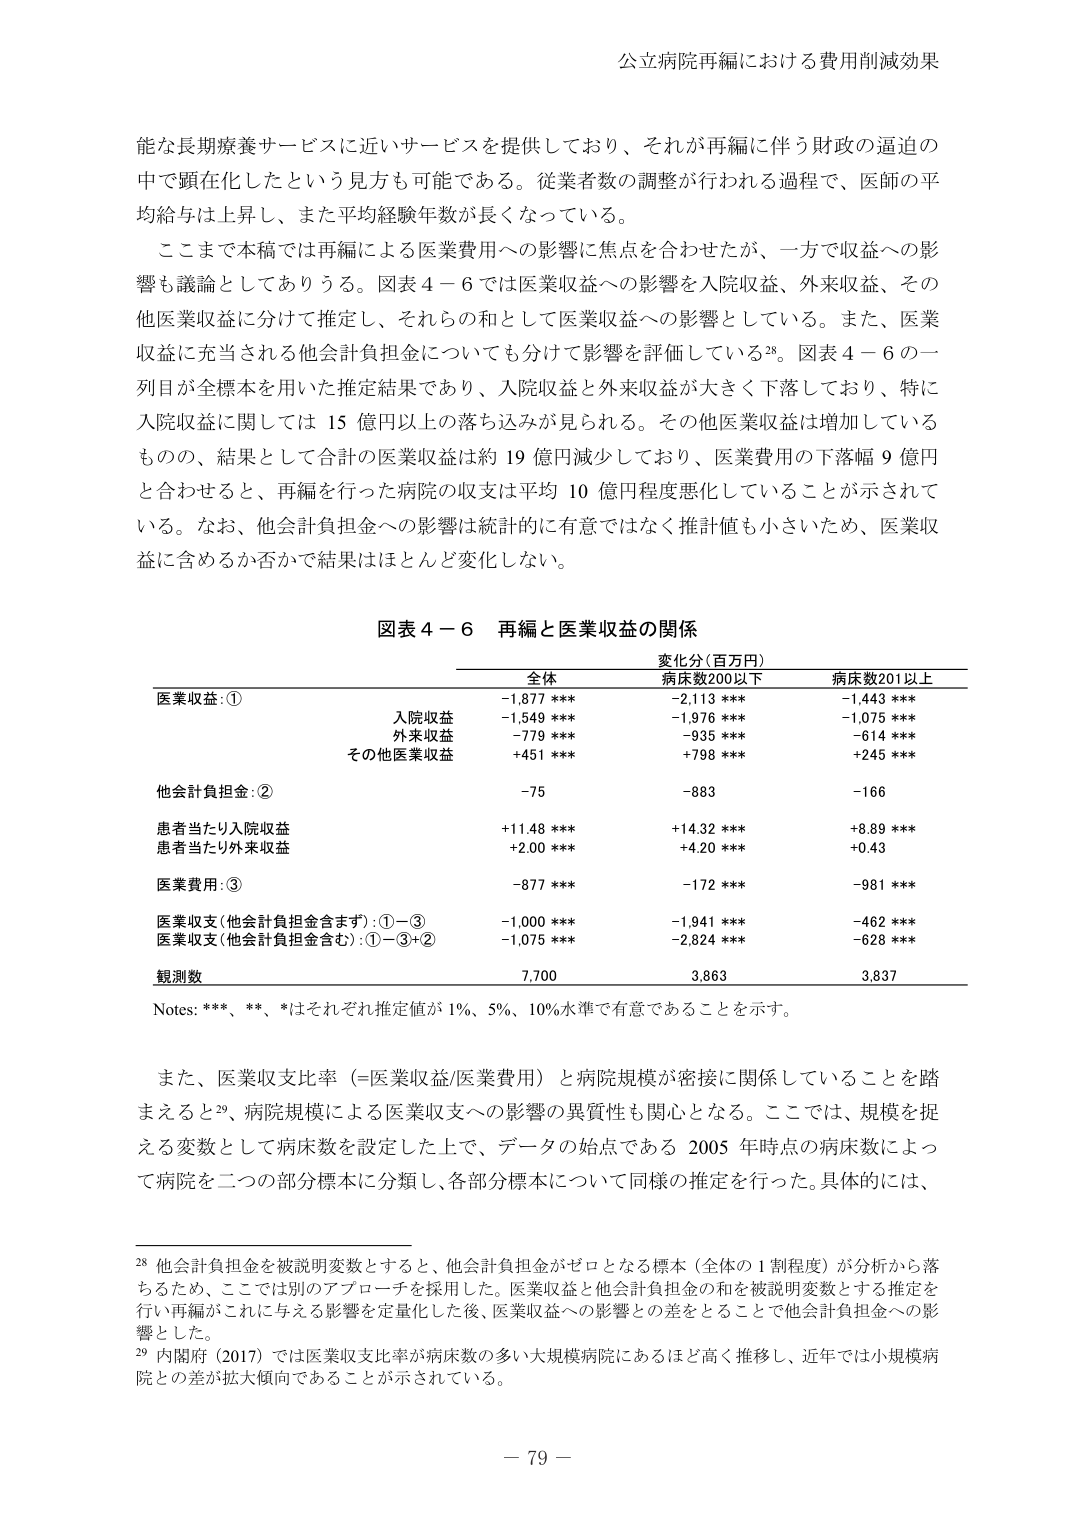
公立病院再編における費用削減効果

能な長期療養サービスに近いサービスを提供しており、それが再編に伴う財政の逼迫の中
で顕在化したという見方も可能である。従業者数の調整が行われる過程で、医師の平均
給与は上昇し、また平均経験年数が長くなっている。

ここまで本稿では再編による医業費用への影響に焦点を合わせたが、一方で収益への影
響も議論としてありうる。図表４－６では医業収益への影響を入院収益、外来収益、その
他医業収益に分けて推定し、それらの和として医業収益への影響としている。また、医業
収益に充当される他会計負担金についても分けて影響を評価している28。図表４－６の一
列目が全標本を用いた推定結果であり、入院収益と外来収益が大きく下落しており、特に
入院収益に関しては15億円以上の落ち込みが見られる。その他医業収益は増加している
ものの、結果として合計の医業収益は約19億円減少しており、医業費用の下落幅9億円
と合わせると、再編を行った病院の収支は平均10億円程度悪化していることが示されて
いる。なお、他会計負担金への影響は統計的に有意ではなく推計値も小さいため、医業収
益に含めるか否かで結果はほとんど変化しない。

図表４－６ 再編と医業収益の関係

変化分（百万円）
全体 病床数200以下 病床数201以上
医業収益：① -1,877 *** -2,113 *** -1,443 ***
　　入院収益 -1,549 *** -1,976 *** -1,075 ***
　　外来収益 -779 *** -935 *** -614 ***
　　その他医業収益 +451 *** +798 *** +245 ***
他会計負担金：② -75 -883 -166
患者当たり入院収益 +11.48 *** +14.32 *** +8.89 ***
患者当たり外来収益 +2.00 *** +4.20 *** +0.43
医業費用：③ -877 *** -172 *** -981 ***
医業収支（他会計負担金含まず）：①－③ -1,000 *** -1,941 *** -462 ***
医業収支（他会計負担金含む）：①－③＋② -1,075 *** -2,824 *** -628 ***
観測数 7,700 3,863 3,837

Notes: ***、**、*はそれぞれ推定値が1%、5%、10%水準で有意であることを示す。

また、医業収支比率（＝医業収益/医業費用）と病院規模が密接に関係していることを踏
まえると29、病院規模による医業収支への影響の異質性も関心となる。ここでは、規模を捉
える変数として病床数を設定した上で、データの始点である2005年時点の病床数によっ
て病院を二つの部分標本に分類し、各部分標本について同様の推定を行った。具体的には、

28 他会計負担金を被説明変数とすると、他会計負担金がゼロとなる標本（全体の1割程度）が分析から落
ちるため、ここでは別のアプローチを採用した。医業収益と他会計負担金の和を被説明変数とする推定を
行い再編がこれに与える影響を定量化した後、医業収益への影響との差をとることで他会計負担金への影
響とした。
29 内閣府（2017）では医業収支比率が病床数の多い大規模病院にあるほど高く推移し、近年では小規模病
院との差が拡大傾向であることが示されている。

－ 79 －